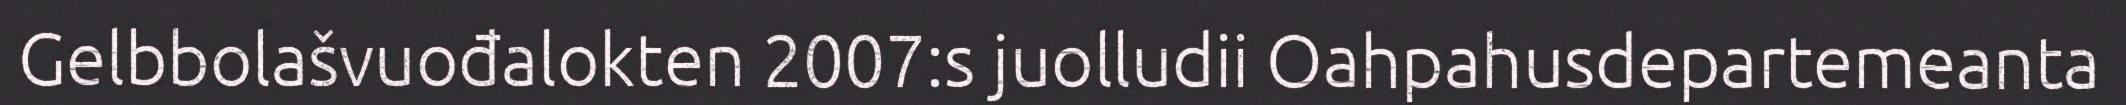
Gelbbolašvuođalokten 2007:s juolludii Oahpahusdepartemeanta